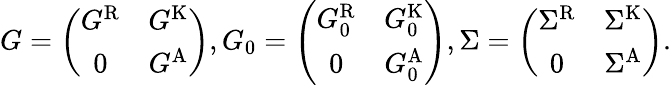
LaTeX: \begin{array}{r}{G=\left(\begin{array}{cc}{G^{\textrm{R}}}&{G^{\textrm{K}}}\\ {0}&{G^{\textrm{A}}}\end{array}\right),G_{0}=\left(\begin{array}{cc}{G_{0}^{\textrm{R}}}&{G_{0}^{\textrm{K}}}\\ {0}&{G_{0}^{\textrm{A}}}\end{array}\right),\Sigma=\left(\begin{array}{cc}{\Sigma^{\textrm{R}}}&{\Sigma^{\textrm{K}}}\\ {0}&{\Sigma^{\textrm{A}}}\end{array}\right).}\end{array}